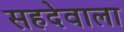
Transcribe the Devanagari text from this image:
सहदेवाला